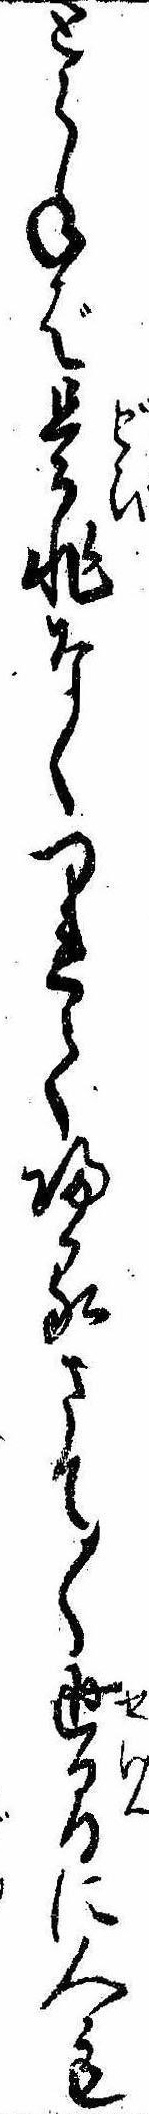
とらねば是非なくつれて帰るさて〱世間に人も